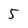
Character: 5